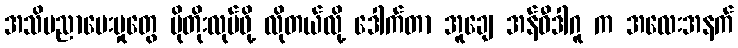
အသိပညာပေးမှုတွေ ပိုတိုးလုပ်ဖို့ လိုတယ်လို့ ဒေါက်တာ အူချေ အန်ဝီဒါဂူ က အလေးအနက်